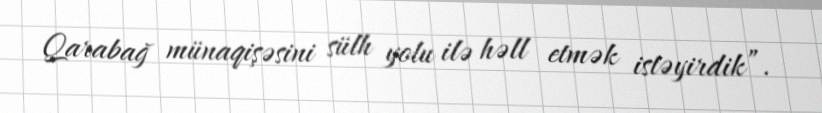
Qarabağ münaqişəsini sülh yolu ilə həll etmək istəyirdik”.